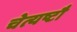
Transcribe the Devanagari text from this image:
चेत्यष्टौ